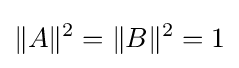
\|A\|^{2}=\|B\|^{2}=1